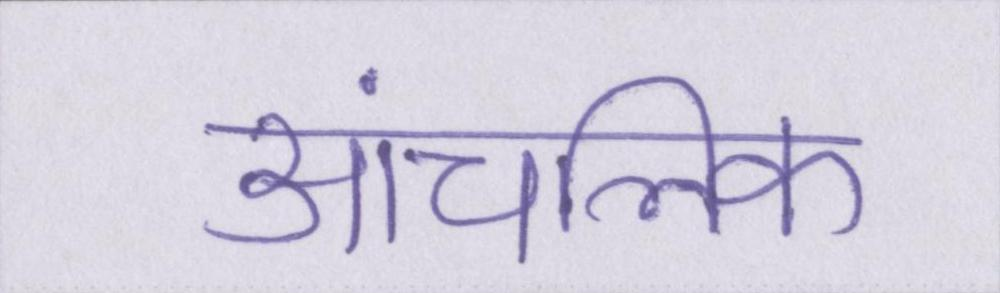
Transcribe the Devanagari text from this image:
आंचलिक